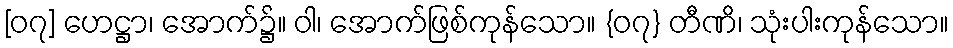
[၀၇] ဟေဋ္ဌာ၊ အောက်၌။ ဝါ၊ အောက်ဖြစ်ကုန်သော။ {၀၇} တီဏိ၊ သုံးပါးကုန်သော။